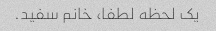
یک لحظه لطفا، خانم سفید.